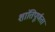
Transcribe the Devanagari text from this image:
शांतिपूर्णता